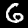
Label: 6